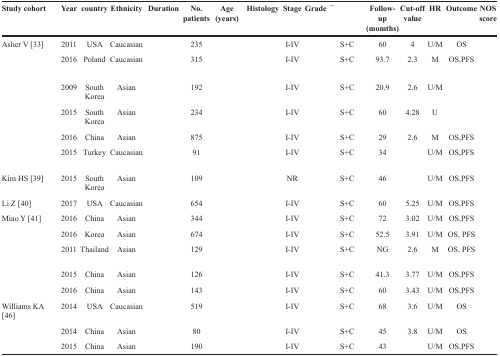
<table><thead><tr><td><b>Study cohort</b></td><td><b>Year</b></td><td><b>country</b></td><td><b>Ethnicity</b></td><td><b>Duration</b></td><td><b>No. patients</b></td><td><b>Age (years)</b></td><td><b>Histology</b></td><td><b>Stage</b></td><td><b>Grade</b></td><td>[EMPTY_CELL]</td><td><b>Follow-up (momths)</b></td><td><b>Cut-off value</b></td><td><b>HR</b></td><td><b>Outcome</b></td><td><b>NOS score</b></td></tr></thead><tbody><tr><td>Asher V [33]</td><td>2011</td><td>USA</td><td>Caucasian</td><td>[EMPTY_CELL]</td><td>235</td><td>[EMPTY_CELL]</td><td>[EMPTY_CELL]</td><td>I-IV</td><td>[EMPTY_CELL]</td><td>S+C</td><td>60</td><td>4</td><td>U/M</td><td>OS</td><td>[EMPTY_CELL]</td></tr><tr><td>[EMPTY_CELL]</td><td>2016</td><td>Poland</td><td>Caucasian</td><td>[EMPTY_CELL]</td><td>315</td><td>[EMPTY_CELL]</td><td>[EMPTY_CELL]</td><td>I-IV</td><td>[EMPTY_CELL]</td><td>S+C</td><td>93.7</td><td>2.3</td><td>M</td><td>OS,PFS</td><td>[EMPTY_CELL]</td></tr><tr><td>[EMPTY_CELL]</td><td>2009</td><td>South Korea</td><td>Asian</td><td>[EMPTY_CELL]</td><td>192</td><td>[EMPTY_CELL]</td><td>[EMPTY_CELL]</td><td>I-IV</td><td>[EMPTY_CELL]</td><td>S+C</td><td>20.9</td><td>2.6</td><td>U/M</td><td>[EMPTY_CELL]</td><td>[EMPTY_CELL]</td></tr><tr><td>[EMPTY_CELL]</td><td>2015</td><td>South Korea</td><td>Asian</td><td>[EMPTY_CELL]</td><td>234</td><td>[EMPTY_CELL]</td><td>[EMPTY_CELL]</td><td>I-IV</td><td>[EMPTY_CELL]</td><td>S+C</td><td>60</td><td>4.28</td><td>U</td><td>[EMPTY_CELL]</td><td>[EMPTY_CELL]</td></tr><tr><td>[EMPTY_CELL]</td><td>2016</td><td>China</td><td>Asian</td><td>[EMPTY_CELL]</td><td>875</td><td>[EMPTY_CELL]</td><td>[EMPTY_CELL]</td><td>I-IV</td><td>[EMPTY_CELL]</td><td>S+C</td><td>29</td><td>2.6</td><td>M</td><td>OS,PFS</td><td>[EMPTY_CELL]</td></tr><tr><td>[EMPTY_CELL]</td><td>2015</td><td>Turkey</td><td>Caucasian</td><td>[EMPTY_CELL]</td><td>91</td><td>[EMPTY_CELL]</td><td>[EMPTY_CELL]</td><td>I-IV</td><td>[EMPTY_CELL]</td><td>S+C</td><td>34</td><td>[EMPTY_CELL]</td><td>U/M</td><td>OS,PFS</td><td>[EMPTY_CELL]</td></tr><tr><td>Kim HS [39]</td><td>2015</td><td>South Korea</td><td>Asian</td><td>[EMPTY_CELL]</td><td>109</td><td>[EMPTY_CELL]</td><td>[EMPTY_CELL]</td><td>NR</td><td>[EMPTY_CELL]</td><td>S+C</td><td>46</td><td>[EMPTY_CELL]</td><td>U/M</td><td>OS,PFS</td><td>[EMPTY_CELL]</td></tr><tr><td>Li Z [40]</td><td>2017</td><td>USA</td><td>Caucasian</td><td>[EMPTY_CELL]</td><td>654</td><td>[EMPTY_CELL]</td><td>[EMPTY_CELL]</td><td>I-IV</td><td>[EMPTY_CELL]</td><td>S+C</td><td>60</td><td>5.25</td><td>U/M</td><td>OS,PFS</td><td>[EMPTY_CELL]</td></tr><tr><td>Miao Y [41]</td><td>2016</td><td>China</td><td>Asian</td><td>[EMPTY_CELL]</td><td>344</td><td>[EMPTY_CELL]</td><td>[EMPTY_CELL]</td><td>I-IV</td><td>[EMPTY_CELL]</td><td>S+C</td><td>72</td><td>3.02</td><td>U/M</td><td>OS,PFS</td><td>[EMPTY_CELL]</td></tr><tr><td>[EMPTY_CELL]</td><td>2016</td><td>Korea</td><td>Asian</td><td>[EMPTY_CELL]</td><td>674</td><td>[EMPTY_CELL]</td><td>[EMPTY_CELL]</td><td>I-IV</td><td>[EMPTY_CELL]</td><td>S+C</td><td>52.5</td><td>3.91</td><td>U/M</td><td>OS, PFS</td><td>[EMPTY_CELL]</td></tr><tr><td>[EMPTY_CELL]</td><td>2011</td><td>Thailand</td><td>Asian</td><td>[EMPTY_CELL]</td><td>129</td><td>[EMPTY_CELL]</td><td>[EMPTY_CELL]</td><td>I-IV</td><td>[EMPTY_CELL]</td><td>S+C</td><td>NG</td><td>2.6</td><td>M</td><td>OS, PFS</td><td>[EMPTY_CELL]</td></tr><tr><td>[EMPTY_CELL]</td><td>2015</td><td>China</td><td>Asian</td><td>[EMPTY_CELL]</td><td>126</td><td>[EMPTY_CELL]</td><td>[EMPTY_CELL]</td><td>I-IV</td><td>[EMPTY_CELL]</td><td>S+C</td><td>41.3</td><td>3.77</td><td>U/M</td><td>OS,PFS</td><td>[EMPTY_CELL]</td></tr><tr><td>[EMPTY_CELL]</td><td>2016</td><td>China</td><td>Asian</td><td>[EMPTY_CELL]</td><td>143</td><td>[EMPTY_CELL]</td><td>[EMPTY_CELL]</td><td>I-IV</td><td>[EMPTY_CELL]</td><td>S+C</td><td>60</td><td>3.43</td><td>U/M</td><td>OS,PFS</td><td>[EMPTY_CELL]</td></tr><tr><td>Williams KA [46]</td><td>2014</td><td>USA</td><td>Caucasian</td><td>[EMPTY_CELL]</td><td>519</td><td>[EMPTY_CELL]</td><td>[EMPTY_CELL]</td><td>I-IV</td><td>[EMPTY_CELL]</td><td>S+C</td><td>68</td><td>3.6</td><td>U/M</td><td>OS</td><td>[EMPTY_CELL]</td></tr><tr><td>[EMPTY_CELL]</td><td>2014</td><td>China</td><td>Asian</td><td>[EMPTY_CELL]</td><td>80</td><td>[EMPTY_CELL]</td><td>[EMPTY_CELL]</td><td>I-IV</td><td>[EMPTY_CELL]</td><td>S+C</td><td>45</td><td>3.8</td><td>U/M</td><td>OS</td><td>[EMPTY_CELL]</td></tr><tr><td>[EMPTY_CELL]</td><td>2015</td><td>China</td><td>Asian</td><td>[EMPTY_CELL]</td><td>190</td><td>[EMPTY_CELL]</td><td>[EMPTY_CELL]</td><td>I-IV</td><td>[EMPTY_CELL]</td><td>S+C</td><td>43</td><td>[EMPTY_CELL]</td><td>U/M</td><td>OS,PFS</td><td>[EMPTY_CELL]</td></tr></tbody></table>